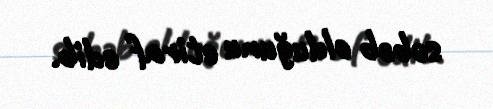
səbəb olduğunu etiraf edib.